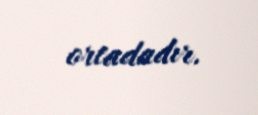
ortadadır.